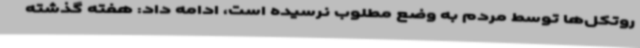
روتکل‌ها توسط مردم به وضع مطلوب نرسیده است، ادامه داد: هفته گذشته